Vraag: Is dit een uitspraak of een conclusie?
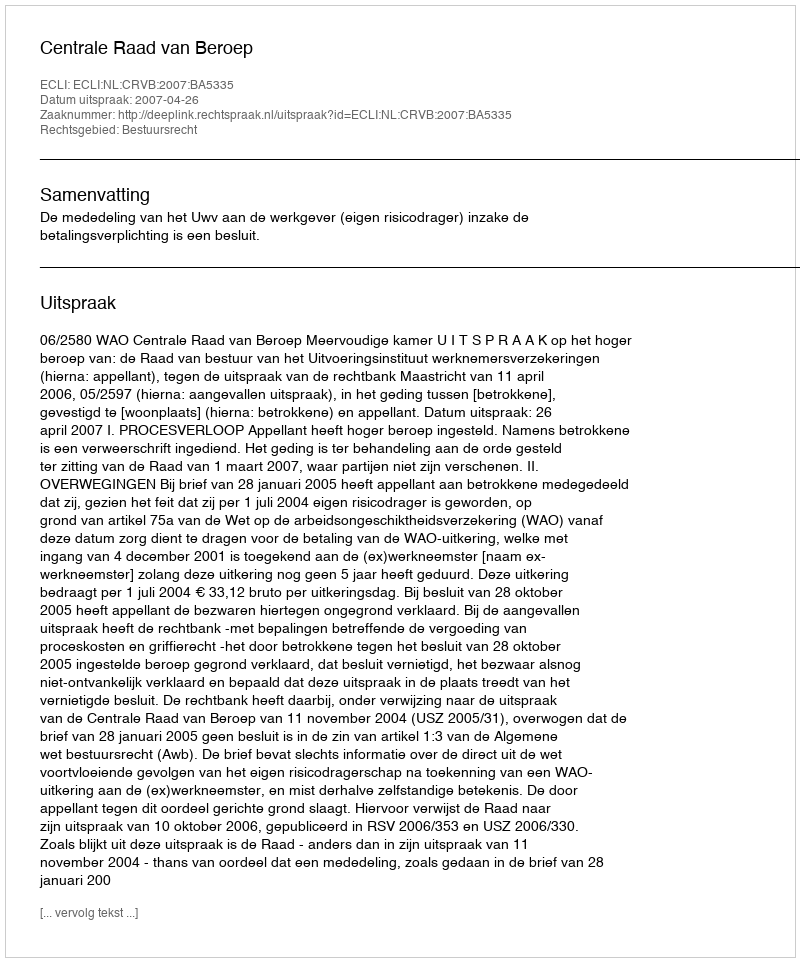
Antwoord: Uitspraak